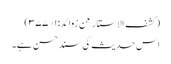
(کشف الاستار عن زوائد:۱؍۳۷۷)
اس حدیث کی سند حسن ہے۔